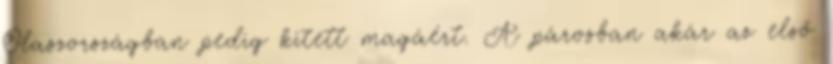
Olaszországban pedig kitett magáért. A párosban akár az első